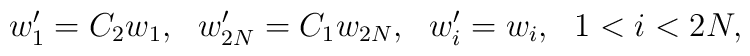
w'_1=C_2w_1,~~w'_{2N}=C_1w_{2N},~~w'_i=w_i,~~ 1<i<2N,